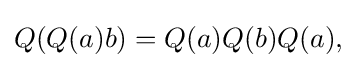
\displaystyle {Q(Q(a)b)=Q(a)Q(b)Q(a),}